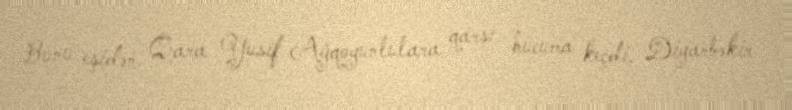
Bunu eşidən Qara Yusif Ağqoyunlulara qarşı hücuma keçdi, Diyarbəkir